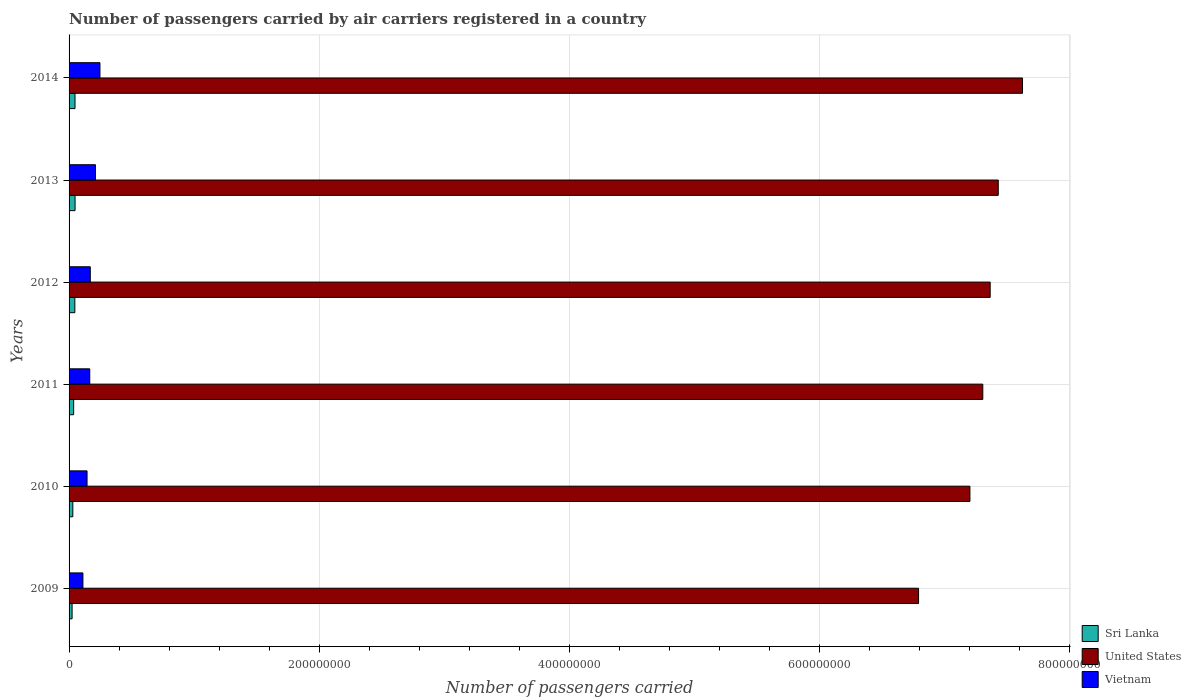
| Years | Sri Lanka | United States | Vietnam |
 | --- | --- | --- | --- |
 | 2009 | 2.42e+06 | 6.79e+08 | 1.11e+07 |
 | 2010 | 3.01e+06 | 7.2e+08 | 1.44e+07 |
 | 2011 | 3.67e+06 | 7.31e+08 | 1.65e+07 |
 | 2012 | 4.62e+06 | 7.37e+08 | 1.7e+07 |
 | 2013 | 4.79e+06 | 7.43e+08 | 2.11e+07 |
 | 2014 | 4.76e+06 | 7.63e+08 | 2.47e+07 |